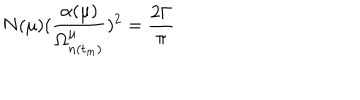
N ( \mu ) ( \frac { \alpha ( \mu ) } { \Omega _ { n ( t _ { m } ) } ^ { \mu } } ) ^ { 2 } = \frac { 2 \Gamma } { \pi }